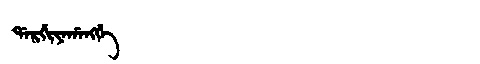
Manchu: ᡩᠠᡵᡤᡳᠶᠠᡥᠠᠩᡤᡝ
Romanization: DARGIYAHANGGE